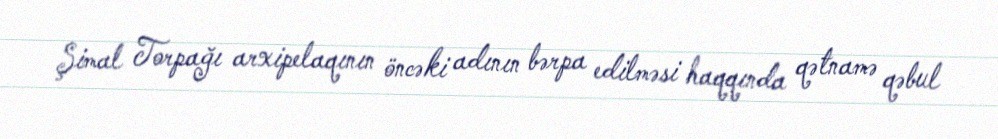
Şimal Torpağı arxipelaqının öncəki adının bərpa edilməsi haqqında qətnamə qəbul